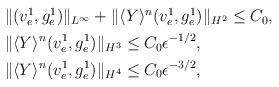
LaTeX: \begin{align*}\begin{aligned}&\Vert (v^1_e,g^1_e)\Vert_{L^\infty}+\Vert \langle Y\rangle^n(v^1_e,g^1_e)\Vert_{H^2}\leq C_0,\\&\Vert \langle Y\rangle^n(v^1_e,g^1_e)\Vert_{H^3}\leq C_0\epsilon^{-1/2},\\&\Vert \langle Y\rangle^n(v^1_e,g^1_e)\Vert_{H^4}\leq C_0\epsilon^{-3/2},\end{aligned}\end{align*}